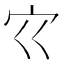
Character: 𰌳